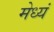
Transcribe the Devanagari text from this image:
मेध्यं